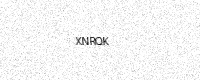
Text: XNRQK